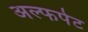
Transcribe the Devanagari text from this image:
अल्फपेट